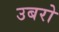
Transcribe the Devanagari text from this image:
उबरो